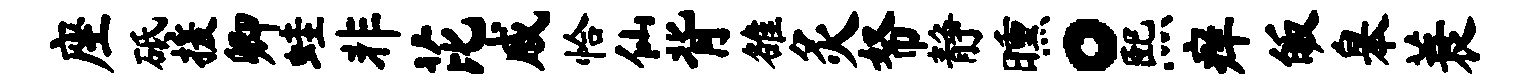
座砥援卿蛙非芘戚恰仙背雒灸帑静曛。熙痒皈皋蓑